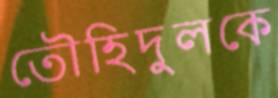
তৌহিদুলকে